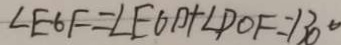
\angle E G F = \angle E O D + \angle P O F = 1 3 0 ^ { \circ }